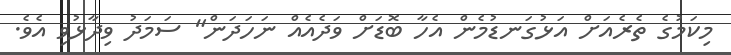
މިކަމުގެ ތެރެއަށް އަޅުގަނޑުމެން އެހާ ބޮޑަށް ވަދެއެއް ނަހަދަން" ސަމަދު ވިދާޅުވި އެވެ.